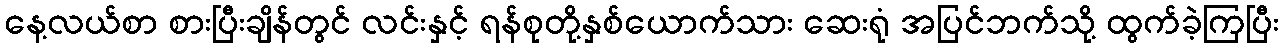
နေ့လယ်စာ စားပြီးချိန်တွင် လင်းနှင့် ရန်စုတို့နှစ်ယောက်သား ဆေးရုံ အပြင်ဘက်သို့ ထွက်ခဲ့ကြပြီး